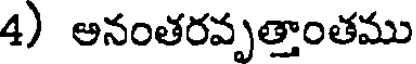
4) అనంతరవృత్తాంతము